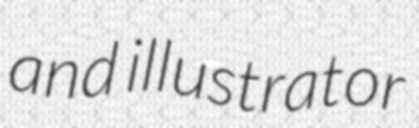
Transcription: and illustrator